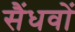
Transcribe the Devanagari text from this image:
सैंधवों